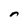
Character: n